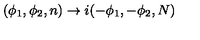
( \phi _ { 1 } , \phi _ { 2 } , n ) \rightarrow i ( - \phi _ { 1 } , - \phi _ { 2 } , N )